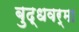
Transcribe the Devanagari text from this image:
बुद्धवर्मा